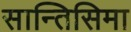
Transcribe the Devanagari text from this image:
सान्तिसिमा